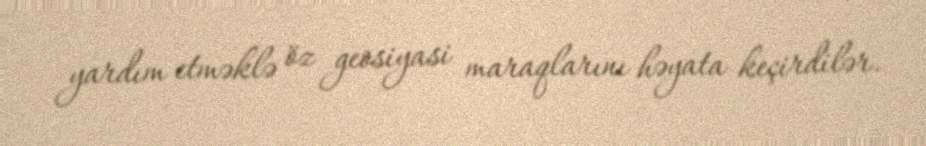
yardım etməklə öz geosiyasi maraqlarını həyata keçirdilər.